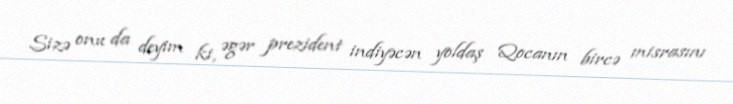
Sizə onu da deyim ki, əgər prezident indiyəcən yoldaş Qocanın bircə misrasını